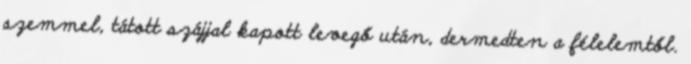
szemmel, tátott szájjal kapott levegő után, dermedten a félelemtől.